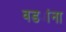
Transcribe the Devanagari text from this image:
वड्यांना